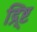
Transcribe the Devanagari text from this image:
द्र्ष्टि